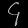
Digit: ၄